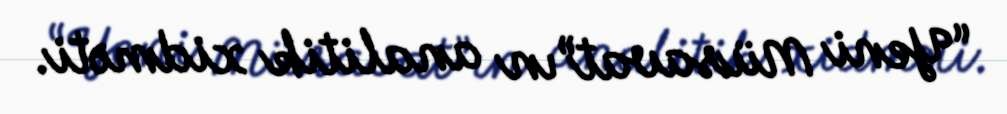
“Yeni Müsavat”ın analitik xidməti.